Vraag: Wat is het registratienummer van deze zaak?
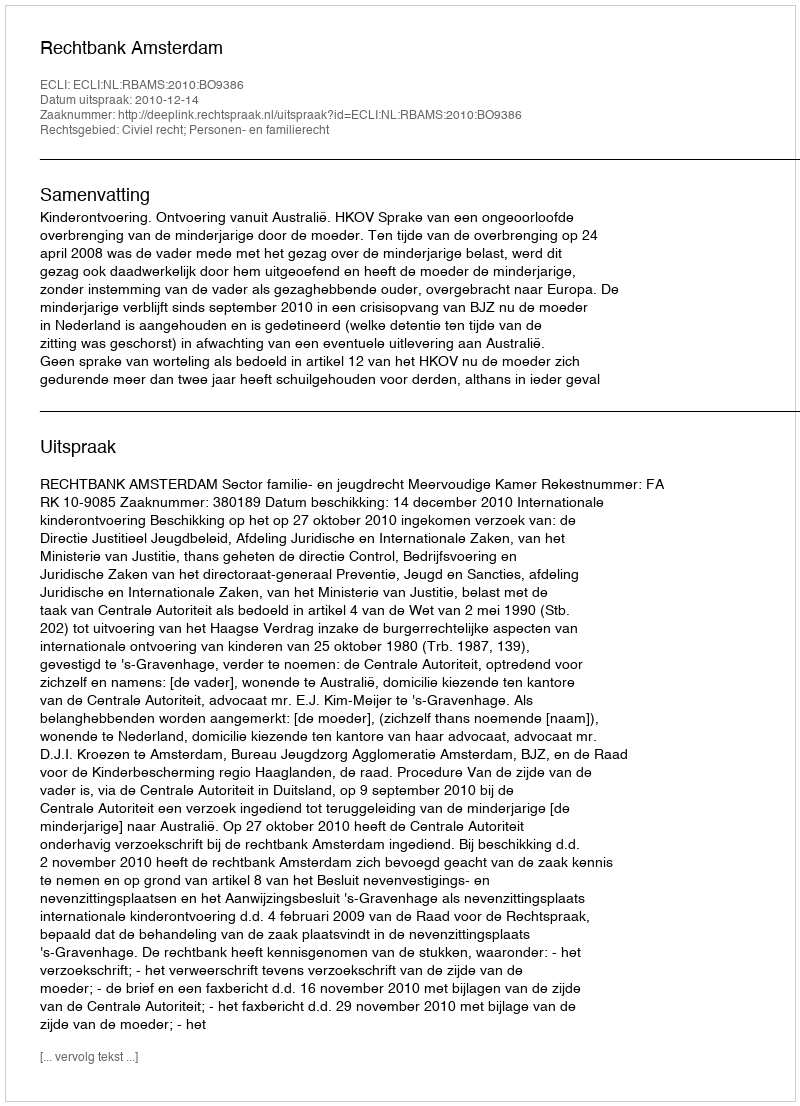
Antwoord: http://deeplink.rechtspraak.nl/uitspraak?id=ECLI:NL:RBAMS:2010:BO9386